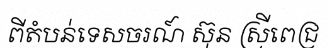
ពីតំបន់ទេសចរណ៍ ស៊ុន ស្រីពេជ្រ